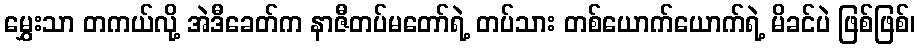
မွှေးသာ တကယ်လို့ အဲဒီခေတ်က နာဇီတပ်မတော်ရဲ့ တပ်သား တစ်ယောက်ယောက်ရဲ့ မိခင်ပဲ ဖြစ်ဖြစ်၊